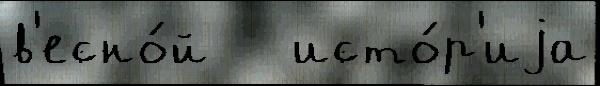
в'есно́й   исто́р'иjа